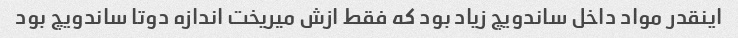
اینقدر مواد داخل ساندویچ زیاد بود که فقط ازش میریخت اندازه دوتا ساندویچ بود